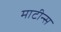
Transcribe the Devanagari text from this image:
माटीन्स